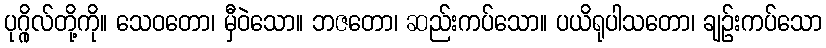
ပုဂ္ဂိုလ်တို့ကို။ သေဝတော၊ မှီဝဲသော။ ဘဇတော၊ ဆည်းကပ်သော။ ပယိရုပါသတော၊ ချဉ်းကပ်သော